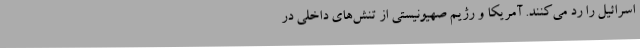
اسرائیل را رد می‌کنند. آمریکا و رژیم صهیونیستی از تنش‌های داخلی در